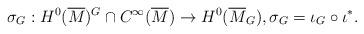
LaTeX: \begin{align*}\sigma_G : H^0(\overline{M})^G \cap C^\infty(\overline{M}) \to H^0(\overline{M}_G), \sigma_G =\iota_G \circ \iota^*.\end{align*}